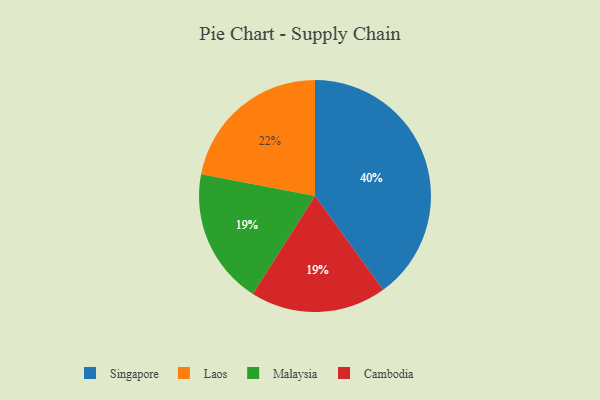
{"axis": {"x": "Category", "y": "Percentage"}, "legend": ["Cambodia", "Laos", "Malaysia", "Singapore"], "data": [{"x": "Malaysia", "y": 19, "type": "Malaysia"}, {"x": "Cambodia", "y": 19, "type": "Cambodia"}, {"x": "Singapore", "y": 40, "type": "Singapore"}, {"x": "Laos", "y": 22, "type": "Laos"}]}